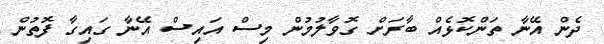
ދެން އޭނާ ތަންކޮޅެއް ބާރަށް ގޮވާލުމުން މިސް އައިސް އޭނާ ގައިގާ ފޮތުން